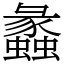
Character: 蠡